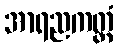
အာရညကတ္တံ